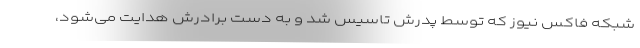
شبکه فاکس نیوز که توسط پدرش تاسیس شد و به دست برادرش هدایت می‌شود،